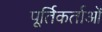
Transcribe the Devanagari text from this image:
पूर्तिकर्ताओं